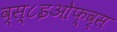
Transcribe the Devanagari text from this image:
व्स्८इओफ्व्स